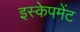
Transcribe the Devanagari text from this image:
इस्केपमेंट